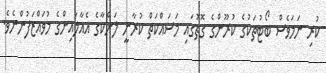
ކުރި ނަމަވެސް ބޯޓުތަކުގެ ކުރޫންގެ ގޮތުގައި މަސައްކަތް ކުރާނީ ލަންކާގެ އެއާލައިންގެ މުވައްޒަފުންނެވެ.